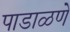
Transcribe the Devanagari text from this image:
पाडाळणे